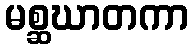
မစ္ဆဃာတကာ